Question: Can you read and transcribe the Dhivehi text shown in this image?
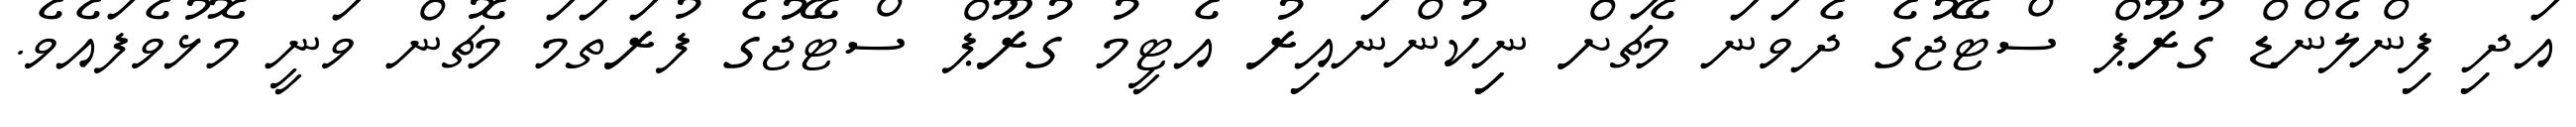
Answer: އަދި ފިންލެންޑް ގުރޫޕް ސްޓޭޖުގެ ދެވަނަ މެޗަށް ނިިކުންނައިރު އެޓީމު ގުރޫޕް ސްޓޭޖުގެ ފުރަތަމަ މެޗުން ވަނީ މޮޅުވެފައެވެ.